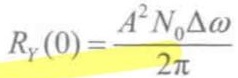
\[
R_Y(0)=\frac{A^2 N_0 \Delta \omega}{2 \pi}
\]